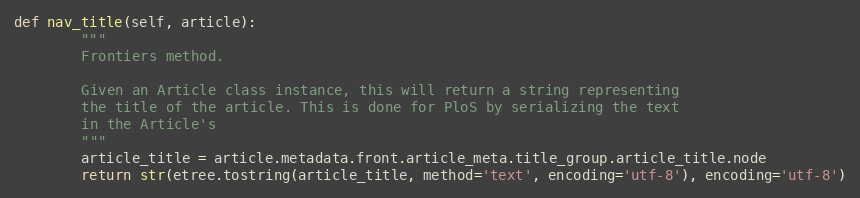
Language: Python
def nav_title(self, article):
        """
        Frontiers method.

        Given an Article class instance, this will return a string representing
        the title of the article. This is done for PloS by serializing the text
        in the Article's
        """
        article_title = article.metadata.front.article_meta.title_group.article_title.node
        return str(etree.tostring(article_title, method='text', encoding='utf-8'), encoding='utf-8')